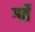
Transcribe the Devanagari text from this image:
गर्ते